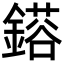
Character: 𮢴